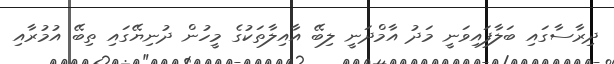
ދިރާސާގައި ބަލާފައިވަނީ މަދު އާމްދަނީ ލިބޭ އާއިލާތަކުގެ މީހުން ދުނިޔޭގައި ތިބޭ އުމުރާއި